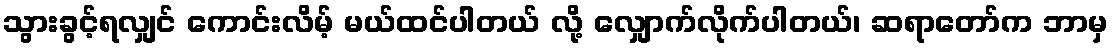
သွားခွင့်ရလျှင် ကောင်းလိမ့် မယ်ထင်ပါတယ် လို့ လျှောက်လိုက်ပါတယ်၊ ဆရာတော်က ဘာမှ